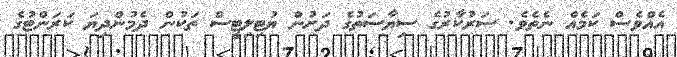
އެއްވެސް ކަމެއް ނެތެވެ. ސަރުކާރުގެ ސިޔާސަތުގެ ދަށުން ޔުޓިލިޓީސް ތަކުން ދެމުންދިޔަ ކަރަންޓުގެ